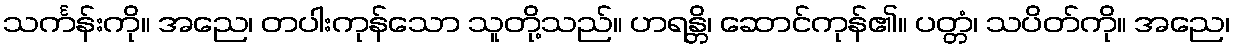
သင်္ကန်းကို။ အညေ၊ တပါးကုန်သော သူတို့သည်။ ဟရန္တိ၊ ဆောင်ကုန်၏။ ပတ္တံ၊ သပိတ်ကို။ အညေ၊